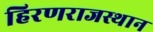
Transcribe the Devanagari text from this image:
हिरणराजस्थान